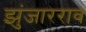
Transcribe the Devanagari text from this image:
झुंजारराव